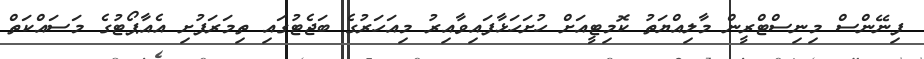
ފިނޭންސް މިނިސްޓްރީން މާލިއްޔަތު ކޮމިޓީއަށް ހުށަހަޅާފައިވާއިރު މިއަހަރުގެ ބަޖެޓުގައި ތިމަރަފުށި އެއާޕޯޓުގެ މަސައްކަތް